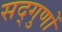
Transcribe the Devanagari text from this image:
सद्‌गुणों